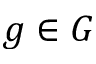
g \in G